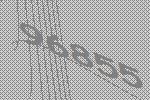
96855